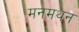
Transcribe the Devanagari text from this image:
मनमथन